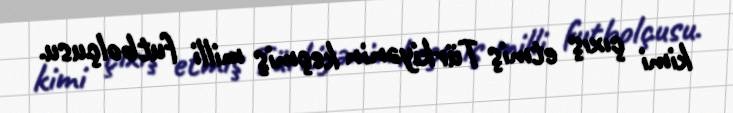
kimi çıxış etmiş Türkiyənin keçmiş milli futbolçusu.